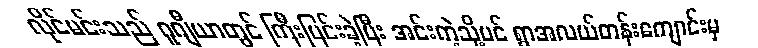
လိုင်မင်းသည် ဂူဂျီယာတွင် ကြီးပြင်းခဲ့ပြီး အင်းကဲ့သို့ပင် ရွာအလယ်တန်းကျောင်းမှ